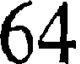
64